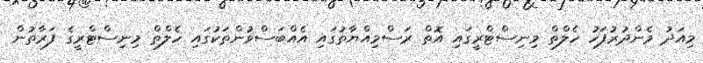
މިއަދު މެންދުރުފަހު ހެލްތް މިނިސްޓްރީގައި އޮތް ރަސްމިއްޔާތުގައި އެއްބަސްވުންތަކުގައި ހެލްތް މިނިސްޓްރީގެ ފަރާތުން